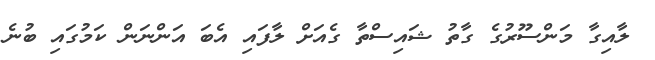
ލާއިގާ މަންސޫރުގެ ގާތު ޝައިސްތާ ގެއަށް ލާފައި އެބަ އަންނަން ކަމުގައި ބުނެ